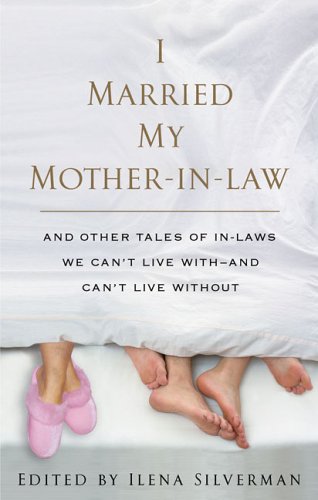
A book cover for I Married My Mother-In-Law; Parenting & Relationships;